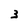
Character: 3